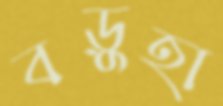
বড়ুহা